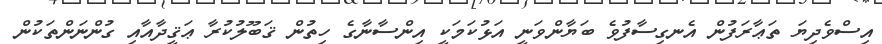
އިސްވެދިޔަ ތަޢާރަފުން އެނގިސާފުވެ ބަޔާންވަނީ އަޅުކަމަކީ އިންސާނާގެ ހިތުން ޤަބޫލުކުރާ ޢަޤީދާއާއި ގުންނަންތަކުން